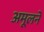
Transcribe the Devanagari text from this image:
अमूलने